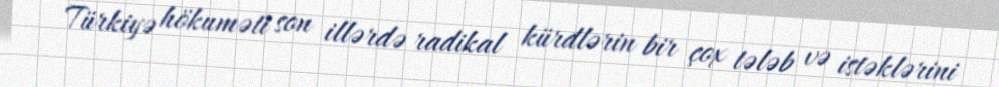
Türkiyə hökuməti son illərdə radikal kürdlərin bir çox tələb və istəklərini